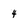
Character: 4